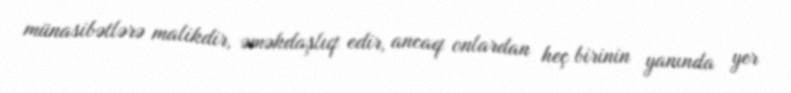
münasibətlərə malikdir, əməkdaşlıq edir, ancaq onlardan heç birinin yanında yer